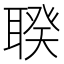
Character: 聧